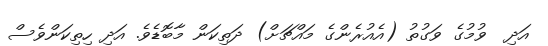
އަދި  ވުމުގެ ވަގުތު (އެއުރެންގެ މައްޗަށް) ދަތިކަން މާބޮޑެވެ. އަދި ހިތިކަންވެސް